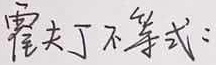
霍夫丁不等式：